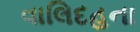
વાલિદહના